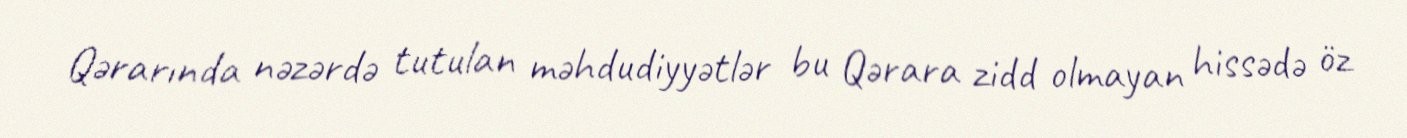
Qərarında nəzərdə tutulan məhdudiyyətlər bu Qərara zidd olmayan hissədə öz